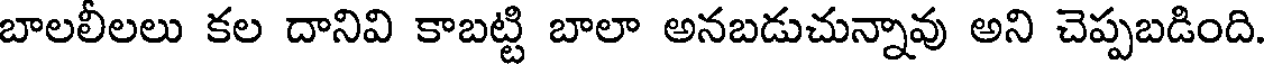
బాలలీలలు కల దానివి కాబట్టి బాలా అనబడుచున్నావు అని చెప్పబడింది